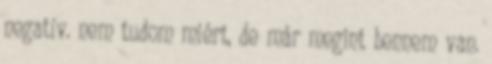
negatív. nem tudom miért, de már megint bennem van.